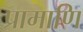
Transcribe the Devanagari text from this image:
प्रामाणि